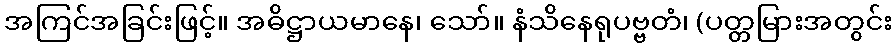
အကြင်အခြင်းဖြင့်။ အဓိဋ္ဌာယမာနေ၊ သော်။ နံသိနေရုပဗ္ဗတံ၊ (ပတ္တမြားအတွင်း